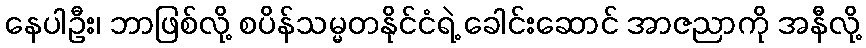
နေပါဦး၊ ဘာဖြစ်လို့ စပိန်သမ္မတနိုင်ငံရဲ့ ခေါင်းဆောင် အာဇညာကို အနီလို့